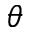
\theta